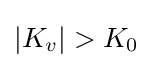
|K_{v}|>K_{0}